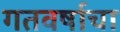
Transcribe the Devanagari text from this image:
गतवर्षाचा